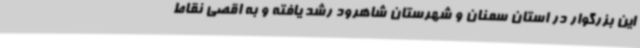
این بزرگوار در استان سمنان و شهرستان شاهرود رشد یافته و به اقصی نقاط